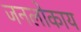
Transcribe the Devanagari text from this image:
जनलोकाय